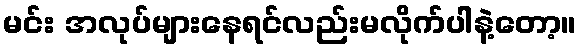
မင်း အလုပ်များနေရင်လည်းမလိုက်ပါနဲ့တော့။